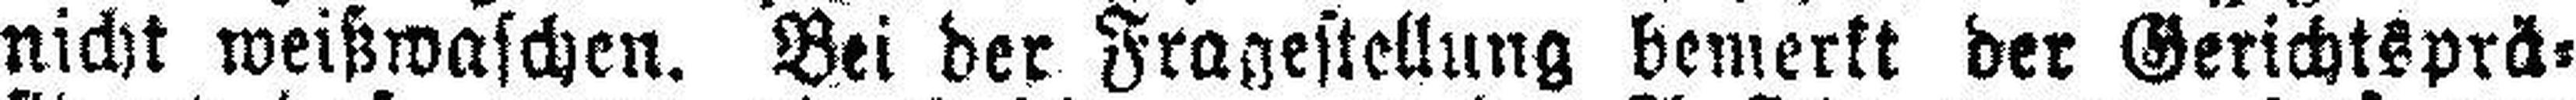
nicht weißwaschen. Bei der Fragestellung bemerkt der Gerichtsprä¬